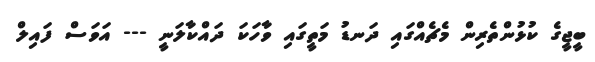
ބީޖީގެ ކުޅުންތެރިން މެޗެއްގައި ދަނޑު މަތީގައި ވާހަކަ ދައްކާލަނީ --- އަވަސް ފައިލް